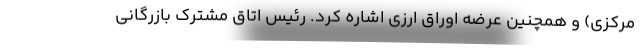
مرکزی) و همچنین عرضه اوراق ارزی اشاره کرد. رئیس اتاق مشترک بازرگانی